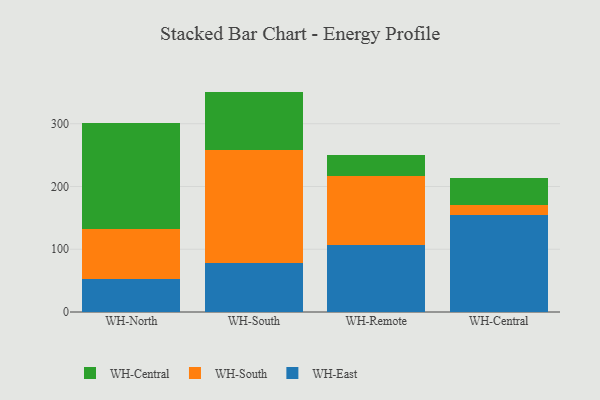
{"axis": {"x": "Warehouse", "y": "Production Output"}, "legend": ["WH-Central", "WH-East", "WH-South"], "data": [{"x": "WH-North", "y": 52.0, "type": "WH-East"}, {"x": "WH-North", "y": 79.9, "type": "WH-South"}, {"x": "WH-North", "y": 169.1, "type": "WH-Central"}, {"x": "WH-South", "y": 78.1, "type": "WH-East"}, {"x": "WH-South", "y": 179.4, "type": "WH-South"}, {"x": "WH-South", "y": 93.7, "type": "WH-Central"}, {"x": "WH-Remote", "y": 106.8, "type": "WH-East"}, {"x": "WH-Remote", "y": 110.0, "type": "WH-South"}, {"x": "WH-Remote", "y": 32.6, "type": "WH-Central"}, {"x": "WH-Central", "y": 154.7, "type": "WH-East"}, {"x": "WH-Central", "y": 16.3, "type": "WH-South"}, {"x": "WH-Central", "y": 42.6, "type": "WH-Central"}]}